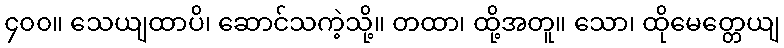
၄၀၀။ သေယျထာပိ၊ ဆောင်သကဲ့သို့။ တထာ၊ ထို့အတူ။ သော၊ ထိုမေတ္တေယျ